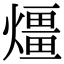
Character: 𤐀